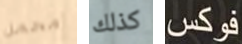
محمل كذلك فوكس